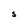
Character: S